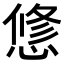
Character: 𢟅